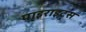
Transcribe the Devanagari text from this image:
पाइराइट्स